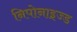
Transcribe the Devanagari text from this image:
निपोनाइज्ड